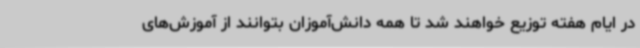
در ایام هفته توزیع خواهند شد تا همه دانش‌آموزان بتوانند از آموزش‌های